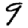
Digit: 9